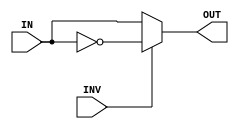
module InverterCU (output OUT, input IN,INV);

assign OUT = (INV)? !IN : IN;

endmodule

//El invertersito